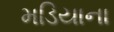
મડિયાના